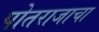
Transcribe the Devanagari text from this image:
पोतराजाचा